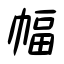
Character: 幅